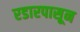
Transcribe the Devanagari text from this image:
रडारपासून